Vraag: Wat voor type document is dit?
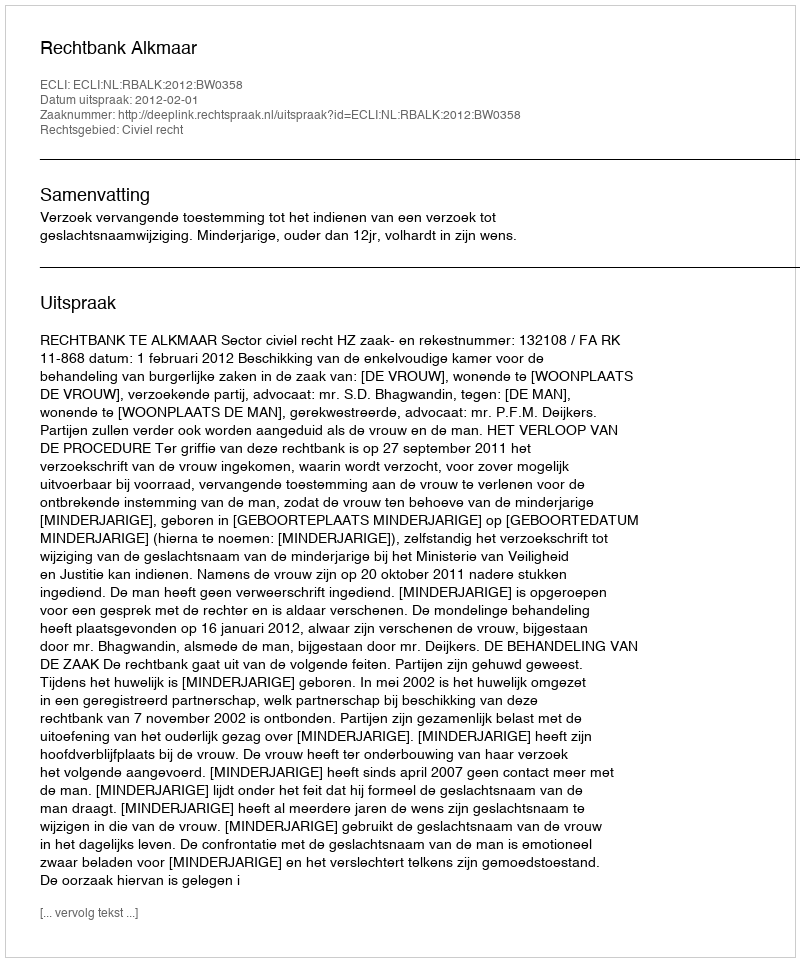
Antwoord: Uitspraak